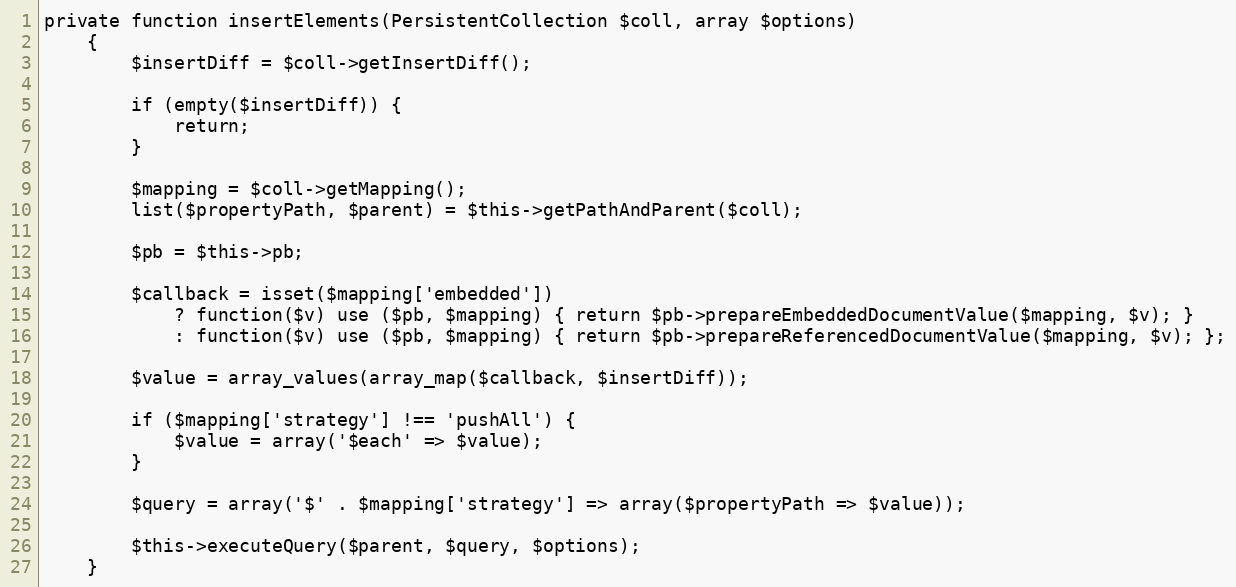
Language: PHP
private function insertElements(PersistentCollection $coll, array $options)
    {
        $insertDiff = $coll->getInsertDiff();

        if (empty($insertDiff)) {
            return;
        }

        $mapping = $coll->getMapping();
        list($propertyPath, $parent) = $this->getPathAndParent($coll);

        $pb = $this->pb;

        $callback = isset($mapping['embedded'])
            ? function($v) use ($pb, $mapping) { return $pb->prepareEmbeddedDocumentValue($mapping, $v); }
            : function($v) use ($pb, $mapping) { return $pb->prepareReferencedDocumentValue($mapping, $v); };

        $value = array_values(array_map($callback, $insertDiff));

        if ($mapping['strategy'] !== 'pushAll') {
            $value = array('$each' => $value);
        }

        $query = array('$' . $mapping['strategy'] => array($propertyPath => $value));

        $this->executeQuery($parent, $query, $options);
    }